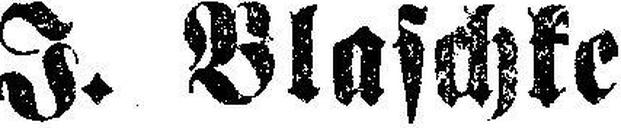
J. Blaschke